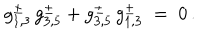
LaTeX: g _ { 1 , 3 } ^ { \pm } \, g _ { 3 , 5 } ^ { \pm } + g _ { 3 , 5 } ^ { \pm } \, g _ { 1 , 3 } ^ { \pm } \; = \; 0 \, .